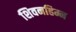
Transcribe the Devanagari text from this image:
शिवनहिम्न